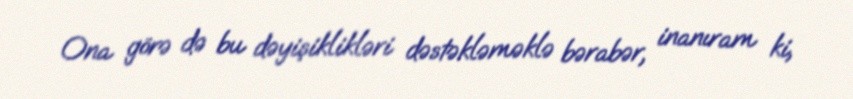
Ona görə də bu dəyişiklikləri dəstəkləməklə bərabər, inanıram ki,